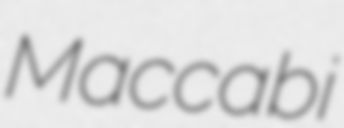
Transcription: Maccabi